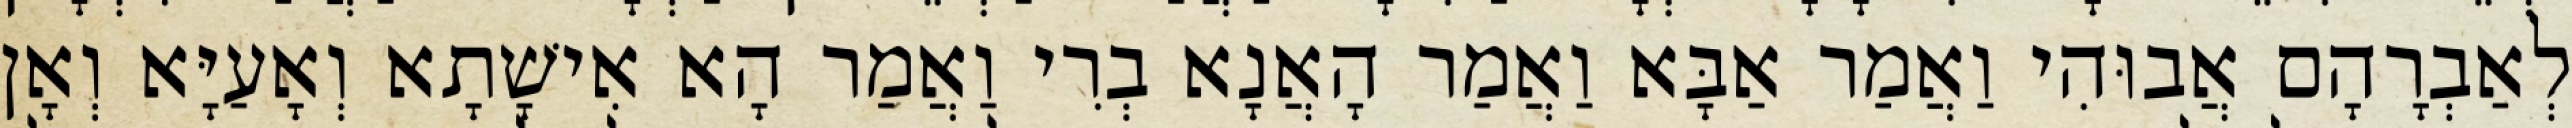
לְאַבְרָהָם אֲבוּהִי וַאֲמַר אַבָּא וַאֲמַר הָאֲנָא בְרִי וַאֲמַר הָא אִישָׁתָא וְאָעַיָּא וְאָן